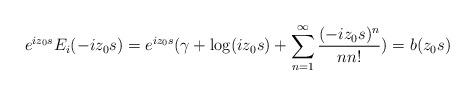
LaTeX: \begin{align*}e^{ iz_0 s } E_i( -iz_0 s) = e^{iz_0 s}( \gamma + \log (iz_0 s) + \sum_{n=1}^{\infty} \frac{(-iz_0 s)^{n} }{n n!} ) = b(z_0s)\end{align*}